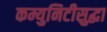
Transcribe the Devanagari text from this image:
कम्युनिटीसुद्धा